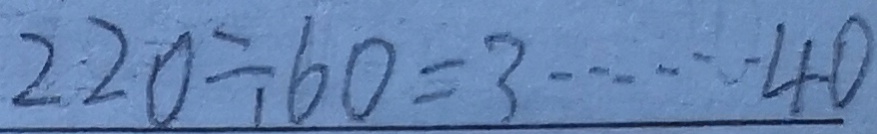
2 2 0 \div 6 0 = 3 \cdots 4 0